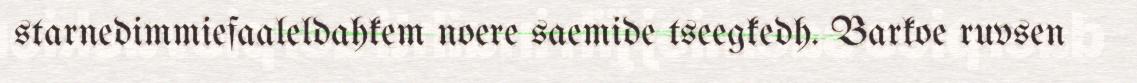
starnedimmiefaaleldahkem noere saemide tseegkedh. Barkoe ruvsen